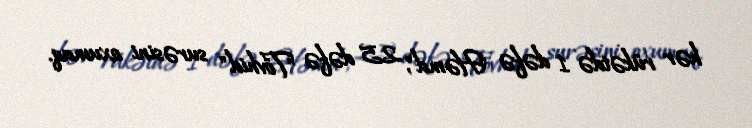
hər rükətdə 1 dəfə "Həmd", 25 dəfə "Tövhid" surəsini oxumaq.